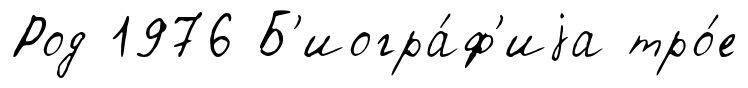
Род 1976 Б'иогра́ф'иjа тро́е